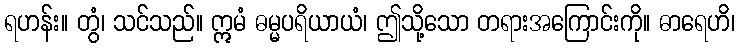
ရဟန်း။ တွံ၊ သင်သည်။ ဣမံ ဓမ္မပရိယာယံ၊ ဤသို့သော တရားအကြောင်းကို။ ဓာရေဟိ၊